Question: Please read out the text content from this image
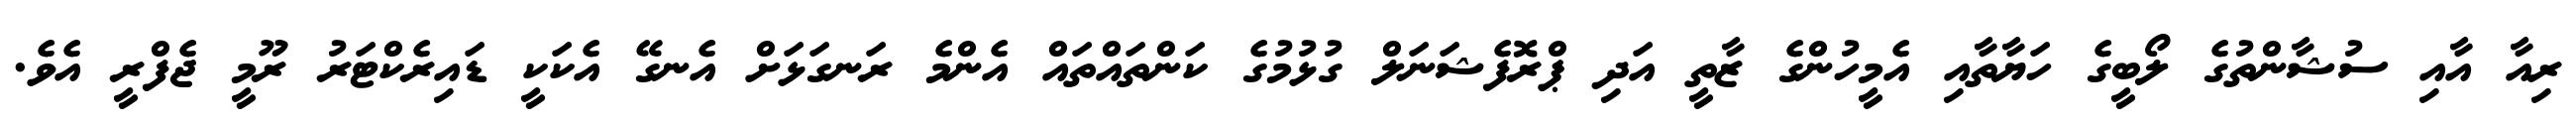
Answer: ރިއާ އާއި ސުޝާންތުގެ ލޯބީގެ ހަޔާތާއި އެމީހުންގެ ޒާތީ އަދި ޕްރޮފެޝަނަލް ގުޅުމުގެ ކަންތައްތައް އެންމެ ރަނގަޅަށް އެނގޭ އެކަކީ ޑައިރެކްޓަރު ރޫމީ ޖެފްރީ އެވެ.